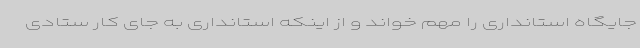
جایگاه استانداری را مهم خواند و از اینکه استانداری به جای کار ستادی